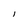
Character: l